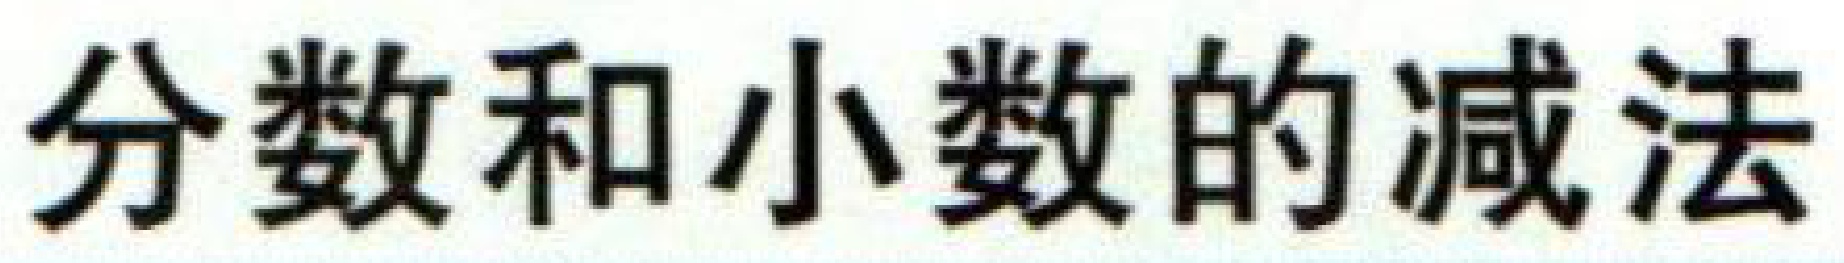
分数和小数的减法